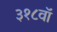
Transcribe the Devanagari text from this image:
३१८वॉ